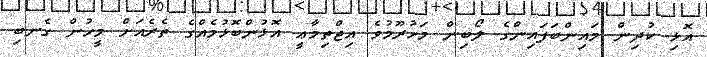
އޮޅި ކުދިން މައިންބަފައިންގެ ލޯބިން މަހުރޫމުވެ އިޖްތިމާޢީ އޮޅުންބޮޅުމެއްގެ ތެރެއަށް މީހުން ގެނބި